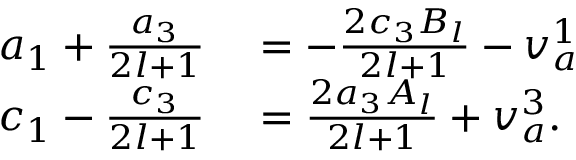
\begin{array} { r l } { a _ { 1 } + \frac { a _ { 3 } } { 2 l + 1 } } & { { } = - \frac { 2 c _ { 3 } B _ { l } } { 2 l + 1 } - v _ { a } ^ { 1 } } \\ { c _ { 1 } - \frac { c _ { 3 } } { 2 l + 1 } } & { { } = \frac { 2 a _ { 3 } A _ { l } } { 2 l + 1 } + v _ { a } ^ { 3 } . } \end{array}